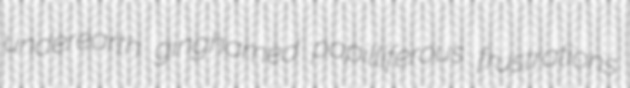
underearth ginghamed papilliferous frustrations